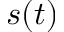
s ( t )